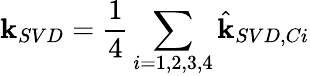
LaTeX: \mathbf{k}_{SVD}=\frac{1}{4}\sum_{i=1,2,3,4}\hat{\mathbf{k}}_{SVD,Ci}